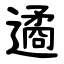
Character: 遹